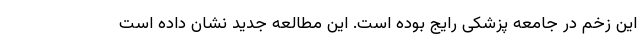
این زخم در جامعه پزشکی رایج بوده است. این مطالعه جدید نشان داده است